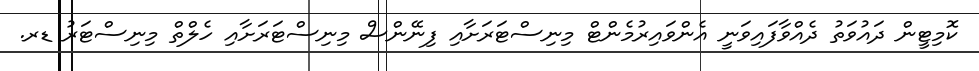
ކޮމިޓީން ދައުވަތު ދެއްވާފައިވަނީ އެންވައިރުމެންޓް މިނިސްޓަރަށާއި ފިނޭންސް މިނިސްޓަރަށާއި ހެލްތް މިނިސްޓަރު ޑރ.